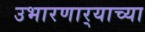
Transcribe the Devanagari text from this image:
उभारणार्‍याच्या